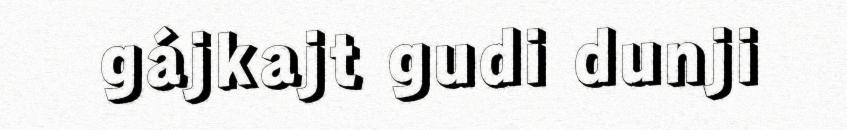
gájkajt gudi dunji